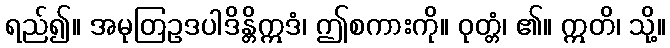
ရည်၍။ အမုတြဥဒပါဒိန္တိဣဒံ၊ ဤစကားကို။ ဝုတ္တံ၊ ၏။ ဣတိ၊ သို့။